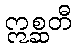
ဣစ္ဆတီ